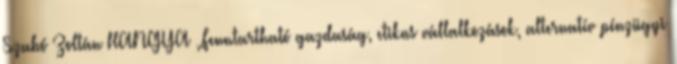
Szabó Zoltán HANGYA „Fenntartható gazdaság, etikus vállalkozások, alternatív pénzügyi